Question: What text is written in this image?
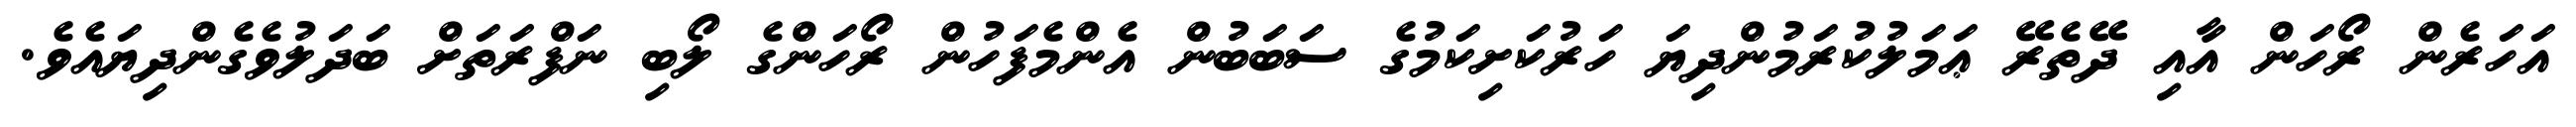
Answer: އަހަރެން ރޯހަން އާއި ދޭތެރޭ ޢަމަލުކުރަމުންދިޔަ ހަރުކަށިކަމުގެ ސަބަބުން އެންމެފަހުން ރޯހަންގެ ލޯބި ނަފްރަތަށް ބަދަލުވެގެންދިޔައެވެ.